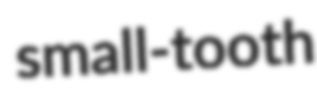
small-tooth